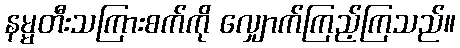
နမ္မတီးသကြားစက်ကို လျှောက်ကြည့်ကြသည်။